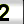
Digit: 2